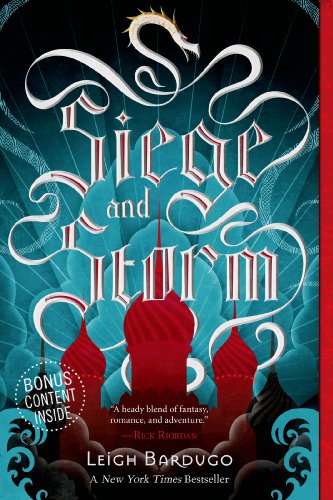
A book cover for Siege and Storm (The Grisha Trilogy); Leigh Bardugo; Teen & Young Adult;